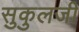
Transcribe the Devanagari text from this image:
सुकुलजी